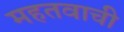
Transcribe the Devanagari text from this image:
महतवाची